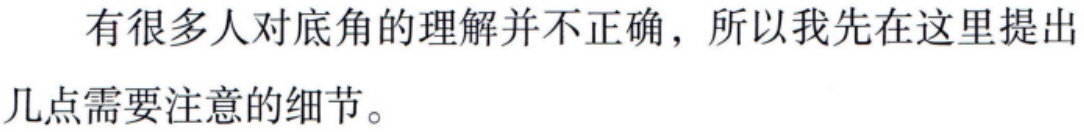
有很多人对底角的理解并不正确，所以我先在这里提出几点需要注意的细节。